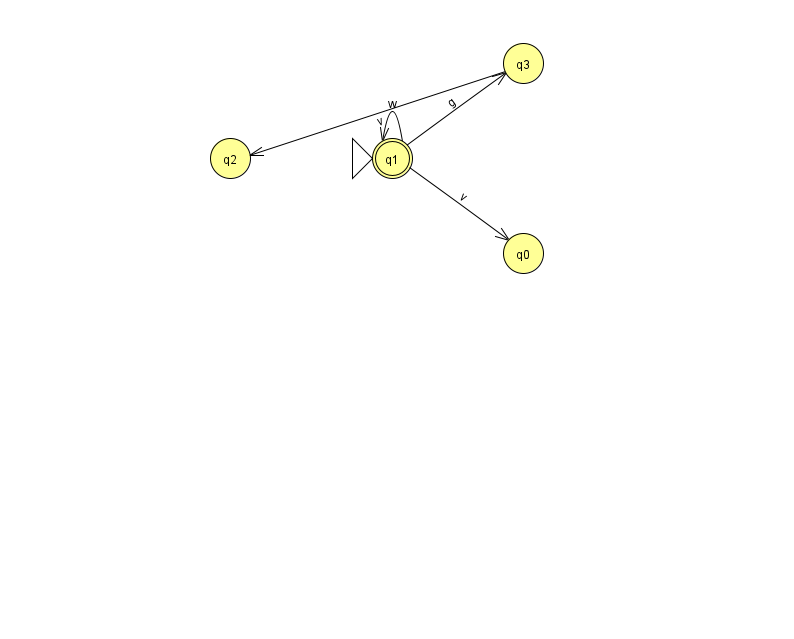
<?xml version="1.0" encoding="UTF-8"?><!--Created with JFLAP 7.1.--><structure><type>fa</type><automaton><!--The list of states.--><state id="0" name="q0"><x>523.0</x><y>240.0</y></state><state id="1" name="q1"><x>392.0</x><y>145.0</y><initial/><final/></state><state id="2" name="q2"><x>230.0</x><y>145.0</y></state><state id="3" name="q3"><x>523.0</x><y>50.0</y></state><!--The list of transitions.--><transition><from>1</from><to>3</to><read>g</read></transition><transition><from>1</from><to>1</to><read>w</read></transition><transition><from>1</from><to>0</to><read>v</read></transition><transition><from>3</from><to>2</to><read>v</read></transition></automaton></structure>